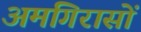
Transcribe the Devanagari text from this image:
अमगिरासों